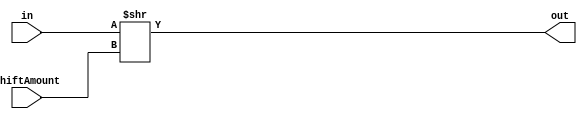
//
module log_shifter_right(in,out,shiftAmount);
    parameter data_WIDTH=32;
    parameter shift_WIDTH=5;
    input[data_WIDTH-1:0] in;
    input[shift_WIDTH-1:0] shiftAmount;
    output[data_WIDTH-1:0] out;
    assign out=in>>shiftAmount;
endmodule